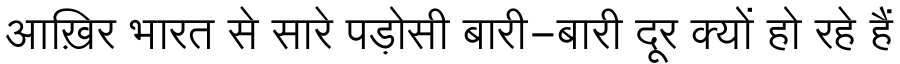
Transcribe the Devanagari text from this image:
आख़िर भारत से सारे पड़ोसी बारी-बारी दूर क्यों हो रहे हैं